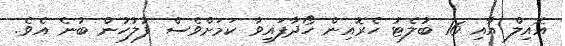
އޮއިލް އާއި 16 ބުލެޓު ހެރޮއިން ހޯދާފައިވާ ކަމަށްވެސް ފުލުހުން ބުނެ އެވެ.